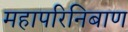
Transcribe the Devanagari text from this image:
महापरिनिबाण